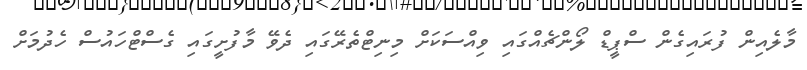
މާލެއިން ފުރައިގެން ސްޕީޑް ލޯންޗެއްގައި ވިއްސަކަށް މިނިޓްތެރޭގައި ދެވޭ މާފުށީގައި ގެސްޓްހައުސް ހެދުމަށް